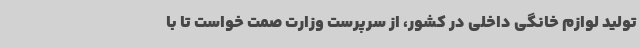
تولید لوازم خانگی داخلی در کشور، از سرپرست وزارت صمت خواست تا با